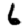
Digit: 6